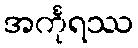
အင်္ကုရဿ